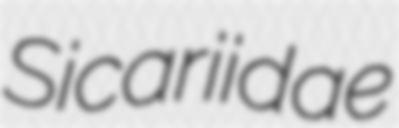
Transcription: Sicariidae